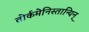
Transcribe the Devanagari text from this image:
तोर्कमेनिस्तान्यिन्